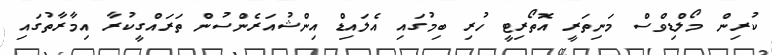
ކުރިން މޯލްޑިވްސް މަނިތަރީ އޮތޯރިޓީ ހުރި ބިމުގައި އެލައިޑް އިންޝުއަރެންސުން ތަރައްގީކުރާ އިމާރާތުގައި